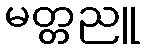
မတ္တညူ